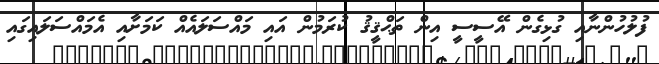
ފުލުހުންނާއި ގުޅިގެން އޭސީސީ އިން ތަޙްޤީޤު ކުރަމުން އައި މައްސަލައެއް ކަމަށާއި އެމައްސަލައިގައި